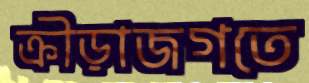
ক্রীড়াজগতে